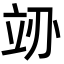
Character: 𬔚